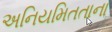
અનિયમિતતાના